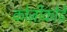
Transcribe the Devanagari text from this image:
कोज़ीकोडे